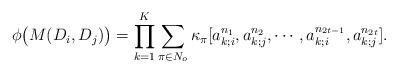
LaTeX: \begin{align*}\phi\big(M(D_i,D_j)\big)&=\prod_{k=1}^K\sum_{\pi\in N_{o}}\kappa_{\pi}[a_{k;i}^{n_1},a_{k;j}^{n_2},\cdots,a_{k;i}^{n_{2t-1}},a_{k;j}^{n_{2t}}].\end{align*}